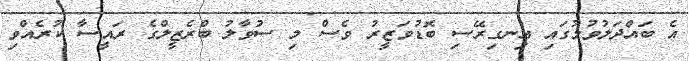
އެ ބައްދަލުވުމުގައި އިނގިރޭސި ބޮޑުވަޒީރު ވެސް މި ސުވާލު ބްރެޒީލްގެ ރައީސާ ކުރެއްވި